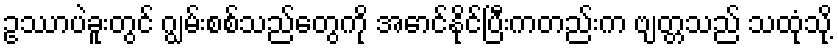
ဥဿာပဲခူးတွင် ဂျွမ်းစစ်သည်တွေကို အောင်နိုင်ပြီးကတည်းက ဗျတ္တသည် သထုံသို့